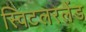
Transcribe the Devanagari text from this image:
स्विटलरलैंड